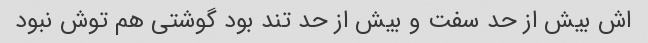
اش بیش از حد سفت و بیش از حد تند بود گوشتی هم توش نبود